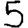
Digit: 5